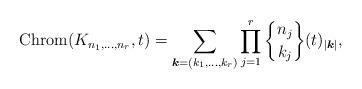
LaTeX: \begin{gather*}{\rm Chrom} (K_{n_1,\ldots,n_r},t)= \sum_{{\boldsymbol{k}}=(k_1,\ldots,k_r)}\prod_{j=1}^{r} {n_j \brace k_j } (t)_{|{\boldsymbol{k}}|},\end{gather*}